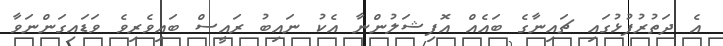
އެ ދަތުރުފުޅުގައި ޗައިނާގެ ބައެއް އޮފިޝަލުންނާ އެކު ނައިބު ރައީސް ބައިވެރިވެ ވަޑައިގަންނަވާ